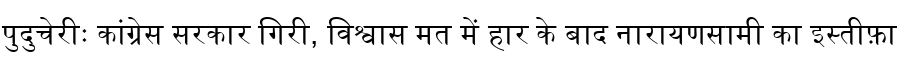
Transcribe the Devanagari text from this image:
पुदुचेरीः कांग्रेस सरकार गिरी, विश्वास मत में हार के बाद नारायणसामी का इस्तीफ़ा